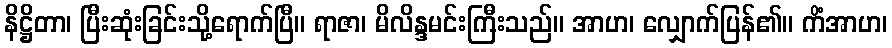
နိဋ္ဌိတာ၊ ပြီးဆုံးခြင်းသို့ရောက်ပြီ။ ရာဇာ၊ မိလိန္ဒမင်းကြီးသည်။ အာဟ၊ လျှောက်ပြန်၏။ ကိံအာဟ၊